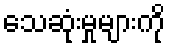
သေဆုံးမှုများကို